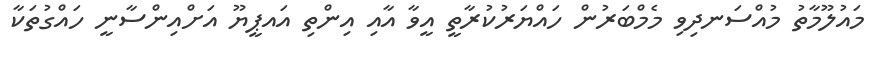
މައުލޫމާތު މުއްސަނދިވި މެމްބަރުން ހައްޔަރުކުރާތީ އީވާ އާއި އިންތި އައޕީޔޫ އަށްއިންސާނީ ހައްގުތަކާ